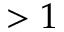
> 1